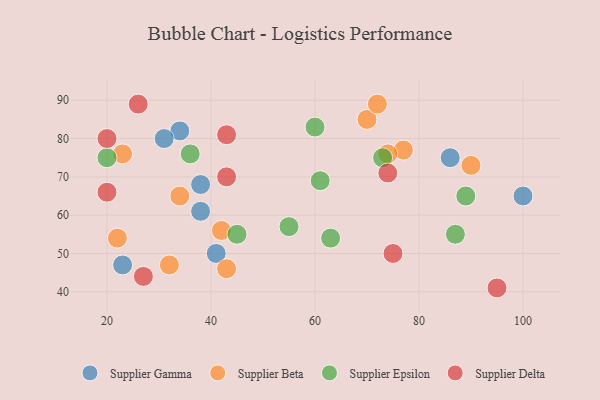
{"axis": {"x": "GDP", "y": "Life Expectancy"}, "legend": ["Supplier Beta", "Supplier Delta", "Supplier Epsilon", "Supplier Gamma"], "data": [{"x": "34", "y": 82, "type": "Supplier Gamma"}, {"x": "23", "y": 47, "type": "Supplier Gamma"}, {"x": "86", "y": 75, "type": "Supplier Gamma"}, {"x": "100", "y": 65, "type": "Supplier Gamma"}, {"x": "41", "y": 50, "type": "Supplier Gamma"}, {"x": "31", "y": 80, "type": "Supplier Gamma"}, {"x": "38", "y": 61, "type": "Supplier Gamma"}, {"x": "38", "y": 68, "type": "Supplier Gamma"}, {"x": "42", "y": 56, "type": "Supplier Beta"}, {"x": "22", "y": 54, "type": "Supplier Beta"}, {"x": "23", "y": 76, "type": "Supplier Beta"}, {"x": "32", "y": 47, "type": "Supplier Beta"}, {"x": "90", "y": 73, "type": "Supplier Beta"}, {"x": "70", "y": 85, "type": "Supplier Beta"}, {"x": "77", "y": 77, "type": "Supplier Beta"}, {"x": "72", "y": 89, "type": "Supplier Beta"}, {"x": "34", "y": 65, "type": "Supplier Beta"}, {"x": "43", "y": 46, "type": "Supplier Beta"}, {"x": "74", "y": 76, "type": "Supplier Beta"}, {"x": "89", "y": 65, "type": "Supplier Epsilon"}, {"x": "63", "y": 54, "type": "Supplier Epsilon"}, {"x": "45", "y": 55, "type": "Supplier Epsilon"}, {"x": "55", "y": 57, "type": "Supplier Epsilon"}, {"x": "36", "y": 76, "type": "Supplier Epsilon"}, {"x": "61", "y": 69, "type": "Supplier Epsilon"}, {"x": "73", "y": 75, "type": "Supplier Epsilon"}, {"x": "20", "y": 75, "type": "Supplier Epsilon"}, {"x": "87", "y": 55, "type": "Supplier Epsilon"}, {"x": "60", "y": 83, "type": "Supplier Epsilon"}, {"x": "75", "y": 50, "type": "Supplier Delta"}, {"x": "95", "y": 41, "type": "Supplier Delta"}, {"x": "27", "y": 44, "type": "Supplier Delta"}, {"x": "43", "y": 70, "type": "Supplier Delta"}, {"x": "26", "y": 89, "type": "Supplier Delta"}, {"x": "20", "y": 66, "type": "Supplier Delta"}, {"x": "74", "y": 71, "type": "Supplier Delta"}, {"x": "43", "y": 81, "type": "Supplier Delta"}, {"x": "20", "y": 80, "type": "Supplier Delta"}]}